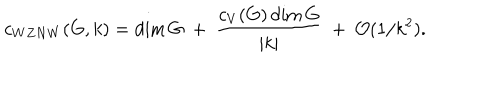
c _ { W Z N W } ( G , k ) = \dim G ~ + ~ { \frac { c _ { V } ( G ) \dim G } { | k | } } ~ + ~ { \cal O } ( 1 / k ^ { 2 } ) .